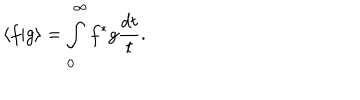
\langle f \vert g \rangle = \int _ { 0 } ^ { \infty } f ^ { * } g \frac { d t } { t } .